Lunatic asylums in Bengal annual reports 1899-1911 - 1899-1911
Year: 1899
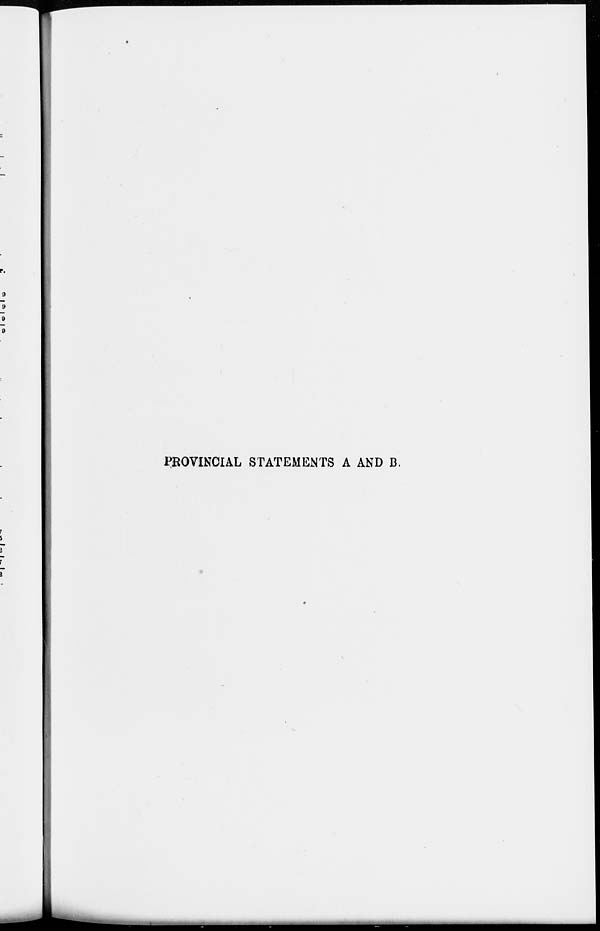
PROVINCIAL STATEMENTS A AND B.